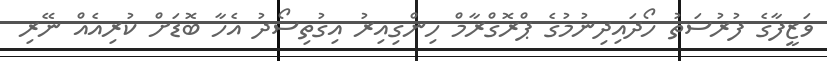
ވަޒީފާގެ ފުރުސަތު ހޯދައިދިނުމުގެ ޕްރޮގްރާމް ހިންގިއިރު އިގުތިސޯދު އެހާ ބޮޑަށް ކުރިއެއް ނޭރި